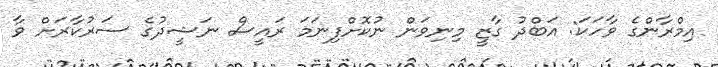
އިމްރާންގެ ވާހަކަ: އަބްދު ގާޒީ މިނިވަން ނުކޮށްފިނަމަ ރައީސް ނަޝީދުގެ ސަރުކާރަށް ވާ